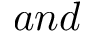
a n d